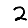
Digit: 2